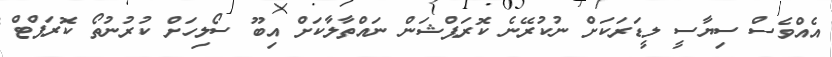
އެއްވެސް ސިޔާސީ ލީޑަރަކަށް ނުކުރޭނެ ކޮރަޕްޝަން ނައްތާލާކަށް އިބޫ ސޯލިހަށް ކުރުނުތޯ ކޮރަޕްޓް